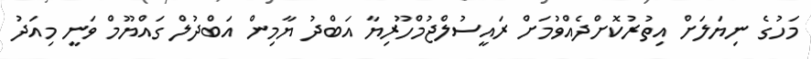
މަހުގެ ނިޔަލަށް އިތުރުކޮށްދެއްވުމަށް ރައީސުލްޖުމްހޫރިޔާ އަބްދު ޔާމިން އަބްދުލް ގައްޔޫމް ވަނީ މިއަދު